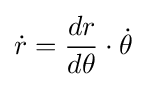
{\dot {r}}={\frac {dr}{d\theta }}\cdot {\dot {\theta }}